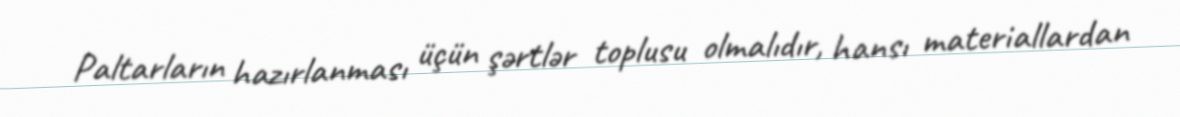
Paltarların hazırlanması üçün şərtlər toplusu olmalıdır, hansı materiallardan